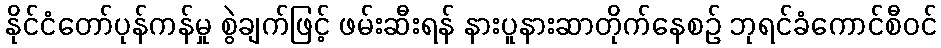
နိုင်ငံတော်ပုန်ကန်မှု စွဲချက်ဖြင့် ဖမ်းဆီးရန် နားပူနားဆာတိုက်နေစဉ် ဘုရင်ခံကောင်စီဝင်